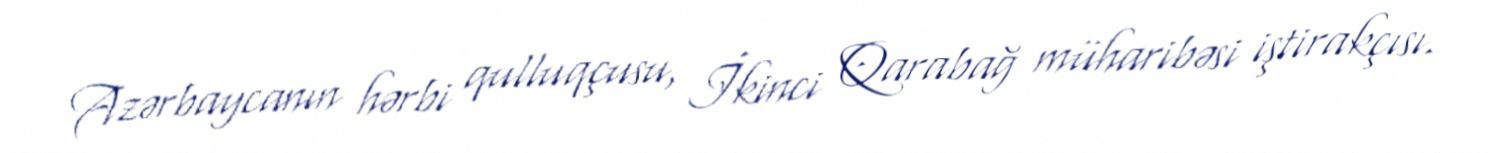
Azərbaycanın hərbi qulluqçusu, İkinci Qarabağ müharibəsi iştirakçısı.